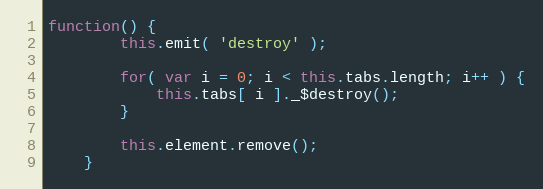
Language: JavaScript
function() {
		this.emit( 'destroy' );

		for( var i = 0; i < this.tabs.length; i++ ) {
			this.tabs[ i ]._$destroy();
		}

		this.element.remove();
	}